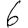
Digit: 6